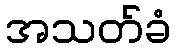
အသတ်ခံ